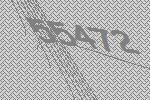
55472